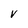
Character: V